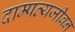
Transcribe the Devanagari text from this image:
दाम्पत्यजीवन